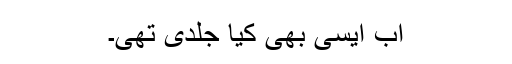
اب ایسی بھی کیا جلدی تھی۔